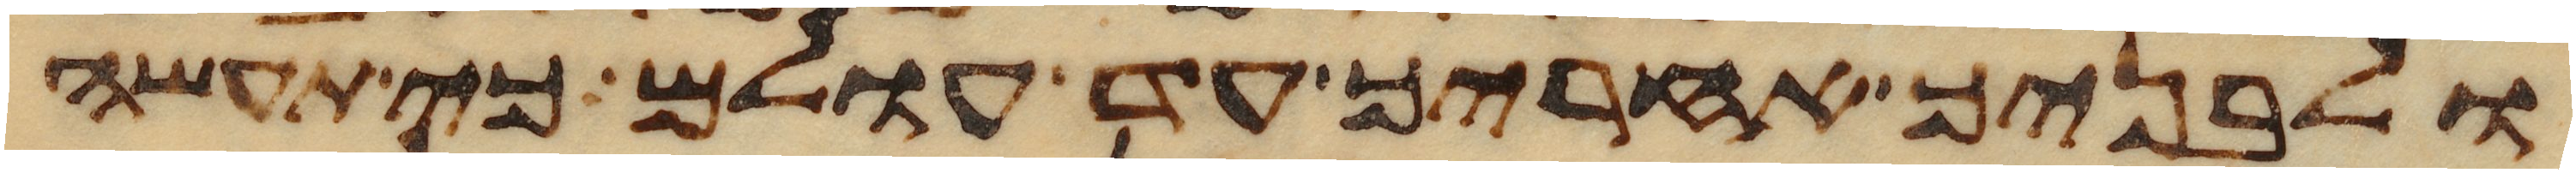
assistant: ולבניך אחריך עד עולם כי תעשה